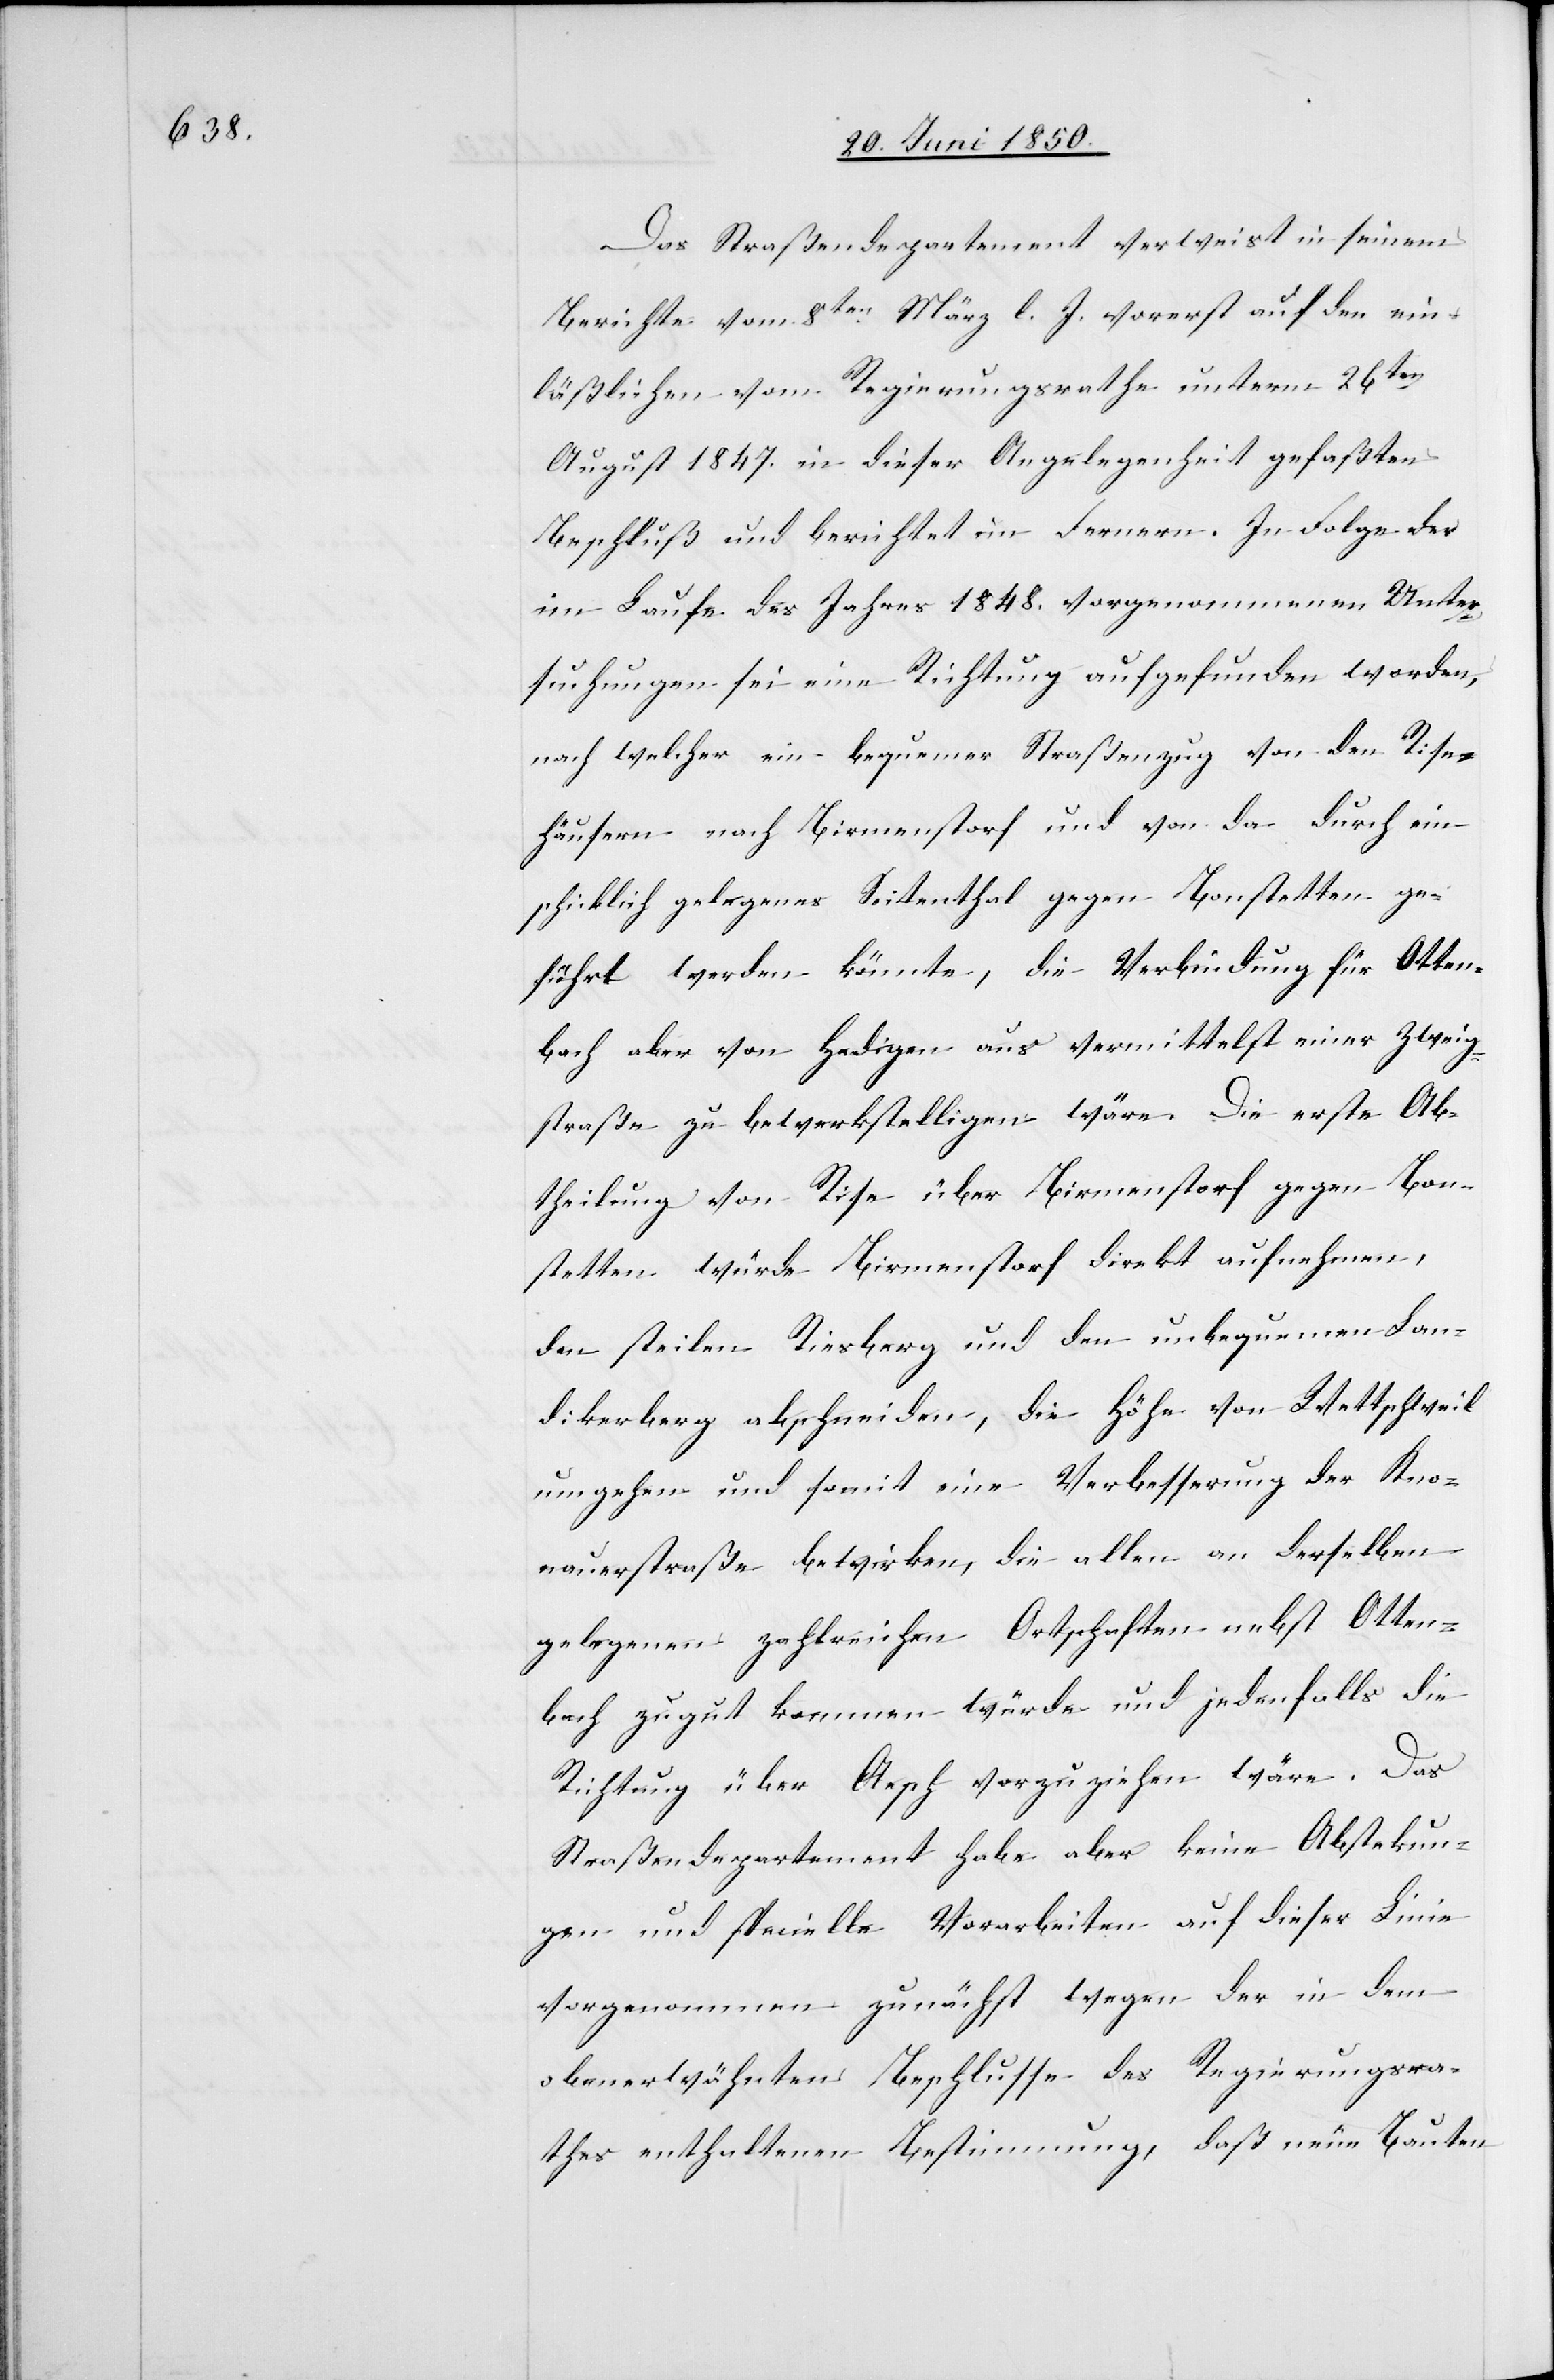
Das Straßendepartement verweist in seinem
Berichte vom 8ten März l. J. vorerst auf den ein¬
läßlichen vom Regierungsrathe unterm 26ten
August 1847. in dieser Angelegenheit gefaßten
Beschluß und berichtet im Fernern. In Folge der
im Laufe des Jahres 1848. vorgenommenen Unter¬
suchungen sei eine Richtung aufgefunden worden,
nach welcher ein bequemer Straßenzug von den Rise¬
häusern nach Birmenstorf und von da durch ein
schicklich gelegenes Seitenthal gegen Bonstetten ge¬
führt werden könnte, die Verbindung für Otten¬
bach aber von Hedigen aus vermittelst einer Zweig¬
straße zu bewerkstelligen wäre. Die erste Ab¬
theilung von Rise über Birmenstorf gegen Bon¬
stetten würde Birmenstorf direkt aufnehmen,
den steilen Riesberg und den unbequemen Lan¬
dikerberg abschneiden, die Höhe von Wettschweil
umgehen und somit eine Verbesserung der Kno¬
nauerstraße bewirken, die allen an derselben
gelegenen zahlreichen Ortschaften nebst Otten¬
bach zugut kommen würde und jedenfalls die
Richtung über Aesch vorzuziehen wäre. Das
Straßendepartement habe aber keine Abstekun¬
gen und specielle Vorarbeiten auf dieser Linie
vorgenommen zunächst wegen der in dem
obenerwähnten Beschlusse des Regierungsra¬
thes enthaltenen Bestimmung, daß neue Bauten